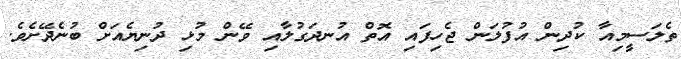
ތެލަސީމިއާ ކުދިން އުފުލަން ޖެހިފައި އޮތް އުނދަގުލާއި ވޭން މުޅި ދުނިޔެއަށް ބުނެދޭށެވެ.